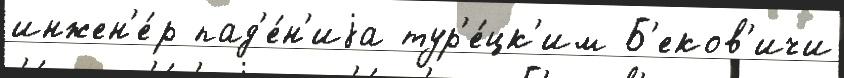
инжен'е́р пад'е́н'иjа тур'е́цк'им Б'еков'ичи